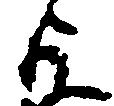
よ